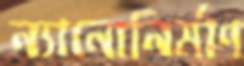
ন্যানোনির্মাণ